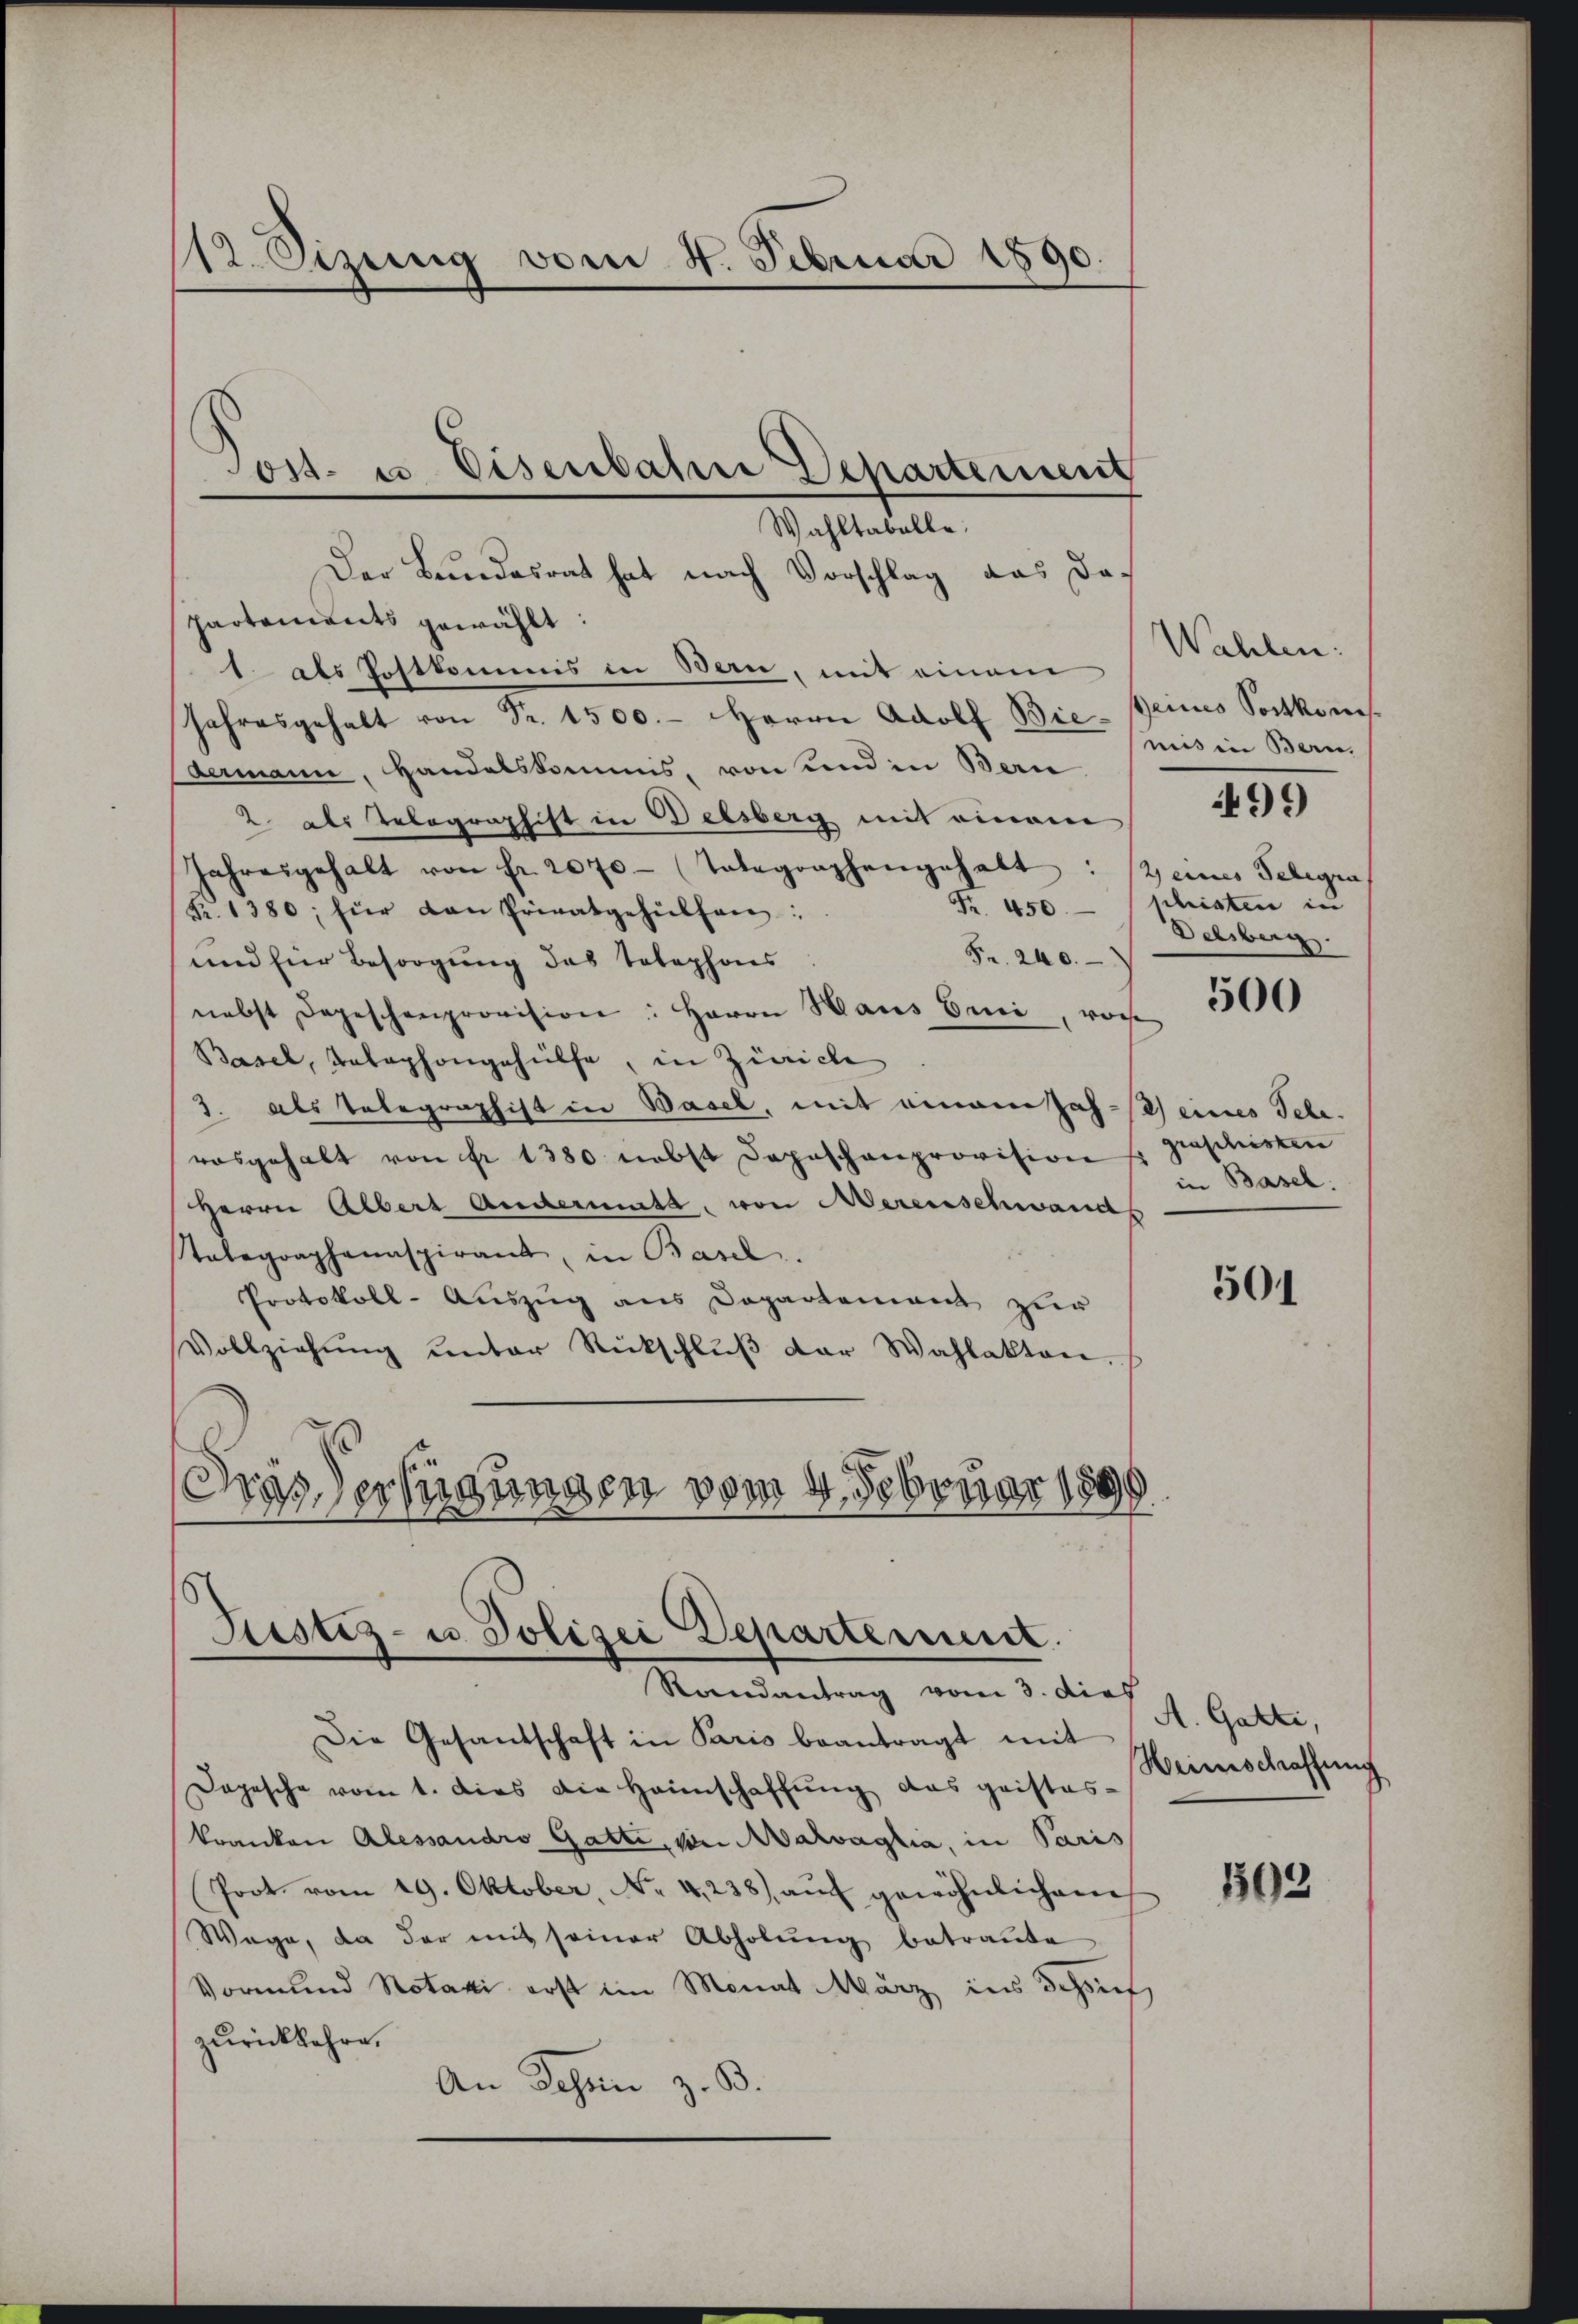
112. Dizung vom 4. Februar 1890.

Wahltabelle.
Der Bundesrat hat nach Vorschlag das Dapartements gewählt:
1. als Postkommis in Bern, mit einem
Jahresgehalt von Fr. 1500.- Herrn Adolf Bie- Reines Sortkom
dermann, Handelskommis, von und in Bern
2 als Telegraphist in Delsberg mit einem
Jahresgehalt von fr. 2070 (Totegraphengehabt
Fr. 1380; für dan Privatgehülfen:
Fr. 240.
und für Besorgung des Telephons
nebst dageschenprovision: Herrn Haus Erei, vorst
Basel, Telephongehülfe, in Zürich
3. Als Telegraphist in Basel, mit einem Jahr eines Tele-
rosgehalt von Fr. 1380 nebst Depeschanprovision geschristen
Herrn Albert Andermatt, von Merenschwands
Telegraphanaspirant, in Basel.
Protokoll-Auszug aus Departement zur
Vollziehŭng ŭnter Rückschlŭβ der Wahlakten.
Gras erfügungen vom 4. Februar 1890

Post. u. Eisenbahne Departement

Justiz- u. Polizei Departement.
Raandantrag vom 3. dies

Die Gesandschaft in Paris beantragt mit
Dopesche vom 1. dies die Heimschaffŭng das geistes-
kranken Alessandro Gatti, von Aarvaglia, in Paris
Poot. vom 19. Oktober, No 4,238) aŭf gewöhnlichem
Wege, da der mit seiner Abholŭng betraŭte
Vormund Notari erst im Monat März ins Schruf
zurückkehre.
An Schen z. B.

Wahlen:
mis in Bern,
499
2 eines Telegia
Fr. 450. schristen in
Delsberg.

500

in Basel:

501

A. Gatti,
Weinschaffung

102